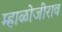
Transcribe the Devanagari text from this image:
म्हाळोजीराव